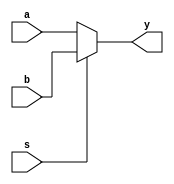
module mux_2_1(
	input a,b,s,
	output reg y
);

always @(*) begin
	y = s ? b : a;
end 
endmodule